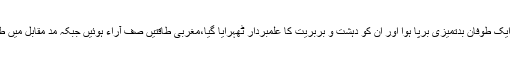
مگر بدقسمتی سے طالبان حکومت کے قیام کے بعد دنیا بھر میں ایک طوفان بدتمیزی برپا ہوا اور ان کو دہشت و بربریت کا علمبردار ٹھہرایا گیا،مغربی طاقتیں صف آراء ہوئیں جبکہ مد مقابل میں طالبان کو علمی اور نہ فکری طور پر جواب دینے کا موقع دیا گیا۔